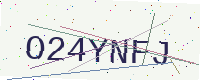
Text: O24YNFJ